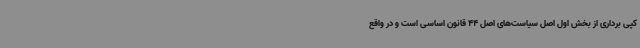
کپی برداری از بخش اول اصل سیاست‌های اصل 44 قانون اساسی است و در واقع